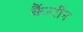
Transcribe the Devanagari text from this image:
कैंन्टीन